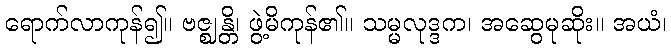
ရောက်လာကုန်၍။ ဗဇ္ဈန္တိ၊ ဖွဲ့မိကုန်၏။ သမ္မလုဒ္ဒက၊ အဆွေမုဆိုး။ အယံ၊